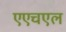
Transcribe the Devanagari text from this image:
एएचएल